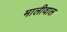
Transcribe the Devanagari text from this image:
मालीवाल